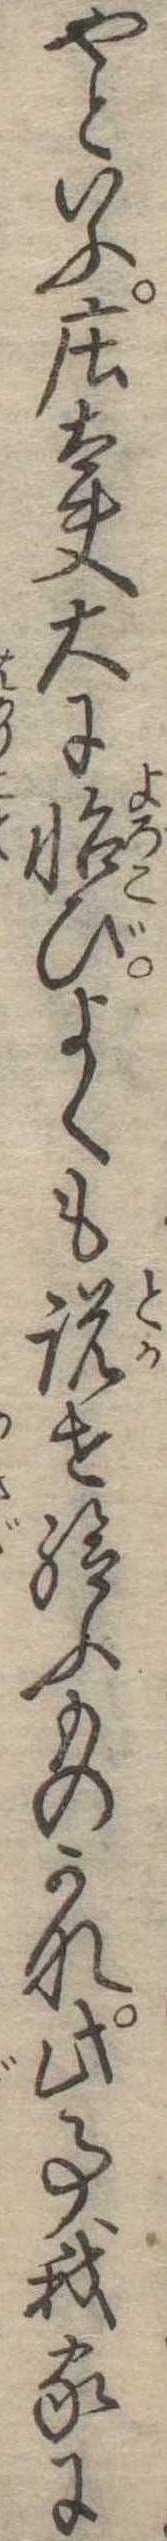
やといふ荘太夫大に怡びよくも説せ給ふものかな此事我家に